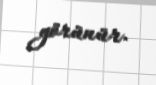
görünür.